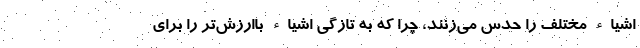
اشیاء مختلف را حدس می‌زنند، چرا که به تازگی اشیاء باارزش‌تر را برای